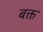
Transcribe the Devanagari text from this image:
बक्त